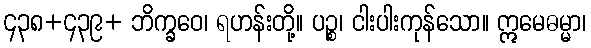
၄၃၈+၄၃၉+ ဘိက္ခဝေ၊ ရဟန်းတို့။ ပဉ္စ၊ ငါးပါးကုန်သော။ ဣမေဓမ္မာ၊